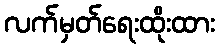
လက်မှတ်ရေးထိုးထား